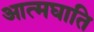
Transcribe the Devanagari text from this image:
आत्मघाति